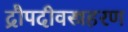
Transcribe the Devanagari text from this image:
द्रौपदीवस्त्रहरण